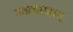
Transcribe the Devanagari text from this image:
महताघाट